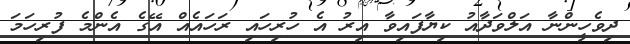
ދިވެހީންނާ އަލްވަދާއު ކިޔާފައިވާ އިރު އެ ހުރިހައި ރަހައެއް އޭގެ އެންމެ ފުރިހަމަ